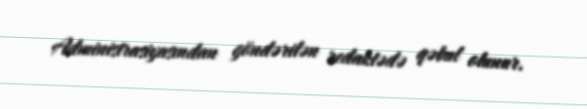
Administrasiyasından göndərilən redaktədə qəbul olunur.